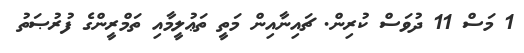
1 މަސް 11 ދުވަސް ކުރިން. ޗައިނާއިން މަތީ ތަޢުލީމާއި ތަމްރީންގެ ފުރުޞަތު